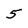
Character: 5